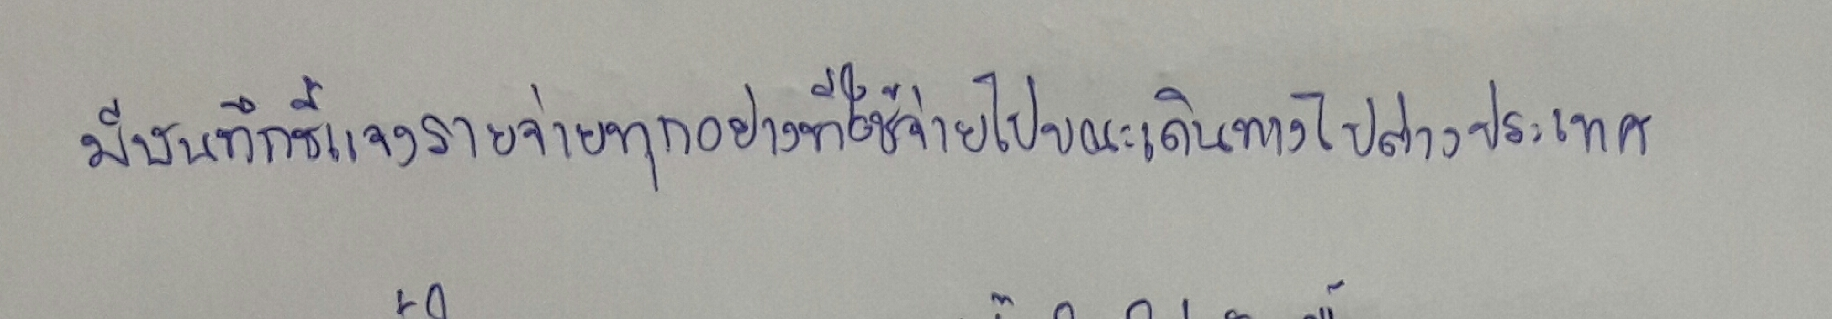
มีบันทึกชี้แจงรายจ่ายทุกอย่างที่ใช้จ่ายไปขณะเดินทางไปต่างประเทศ